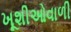
ખૂશીઓવાળી